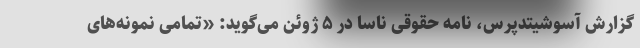
گزارش آسوشیتدپرس، نامه حقوقی ناسا در ۵ ژوئن می‌گوید: «تمامی نمونه‌های